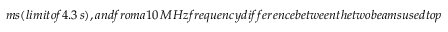
m s ( l i m i t o f 4 . 3 \, s ) , a n d f r o m a 1 0 \, M H z f r e q u e n c y d i f f e r e n c e b e t w e e n t h e t w o b e a m s u s e d t o p r o d u c e t h e c r o s s e d t r a p ( l i m i t o f 8 . 3 \, s ) . D e t a i l s o f h o w t h e s e l i m i t s a r e c a l c u l a t e d a r e g i v e n i n S u p p l e m e n t a r y S e c t i o n \, I V . I n a d d i t i o n , t h e r e i s a s m a l l d i f f e r e n t i a l m a g n e t i c m o m e n t b e t w e e n t h e s t a t e s o f